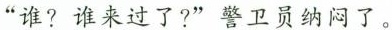
”谁?谁来过了?”警卫员纳闷了。